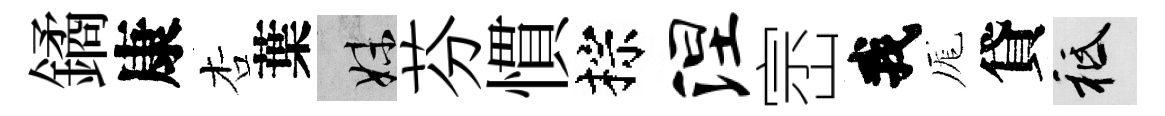
鐍康杏葉妹芬慣棕涅崈我厖貸祇